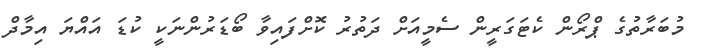
މުބަރާތުގެ ޕްރޯން ކެޓަގަރީން ސެމީއަށް ދަތުރު ކޮށްފައިވާ ބޯޑަރުންނަކީ ކުޑަ އައްޔަ އިމާދް